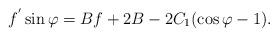
LaTeX: \begin{align*}f^{'}\sin\varphi=Bf+2B-2C_1(\cos\varphi-1).\end{align*}